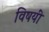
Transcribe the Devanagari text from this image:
विषयीं